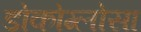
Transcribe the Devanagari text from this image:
डोकोग्लोसा